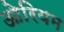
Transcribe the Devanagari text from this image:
ओरियम